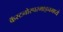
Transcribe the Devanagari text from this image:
कॅस्टनोस्परमाइनमध्ये